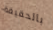
بالحقيقة